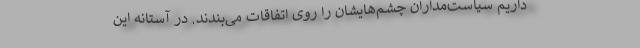
داریم سیاست‌مداران چشم‌هایشان را روی اتفاقات می‌بندند. در آستانه این